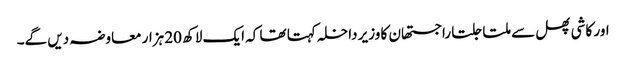
اور کاشی پھل سے ملتا جلتا راجستھان کا وزیر داخلہ کہتا تھا کہ ایک لاکھ 20 ہزار معاوضہ دیں گے۔